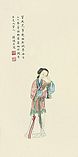
三日入厨下，洗手作羹汤。